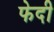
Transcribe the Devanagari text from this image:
फेदी